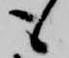
も